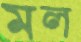
মল